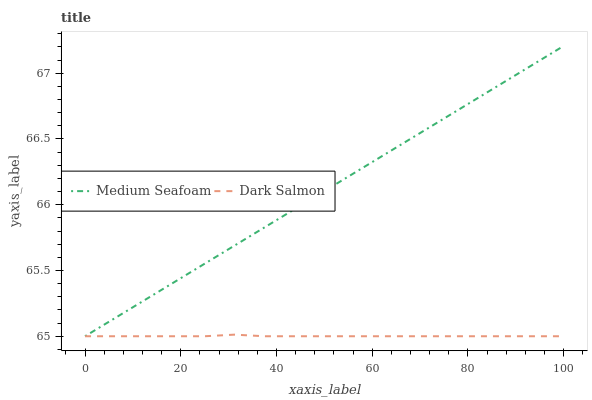
| xaxis_label | Medium Seafoam | Dark Salmon |
 | --- | --- | --- |
 | 0 | 65 | 65 |
 | 6.25 | 65.1 | 65 |
 | 12.5 | 65.3 | 65 |
 | 18.8 | 65.4 | 65 |
 | 25 | 65.6 | 65 |
 | 31.2 | 65.7 | 65 |
 | 37.5 | 65.8 | 65 |
 | 43.8 | 66 | 65 |
 | 50 | 66.1 | 65 |
 | 56.2 | 66.2 | 65 |
 | 62.5 | 66.4 | 65 |
 | 68.8 | 66.5 | 65 |
 | 75 | 66.7 | 65 |
 | 81.2 | 66.8 | 65 |
 | 87.5 | 66.9 | 65 |
 | 93.8 | 67.1 | 65 |
 | 100 | 67.2 | 65 |